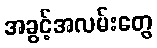
အခွင့်အလမ်းတွေ